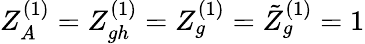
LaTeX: Z_{A}^{(1)}=Z_{gh}^{(1)}=Z_{g}^{(1)}=\tilde{Z}_{g}^{(1)}=1